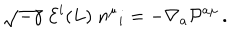
\sqrt { - \gamma } \; { \cal E } ^ { i } ( L ) \; n ^ { \mu } { } _ { i } = - \nabla _ { a } { \cal P } ^ { a \mu } \, .